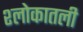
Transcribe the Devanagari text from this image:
श्लोकातली